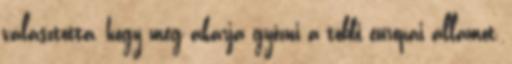
választotta, hogy meg akarja győzni a többi európai államot,